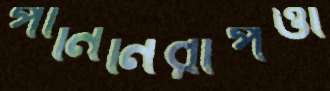
পানিনিরাপত্তা